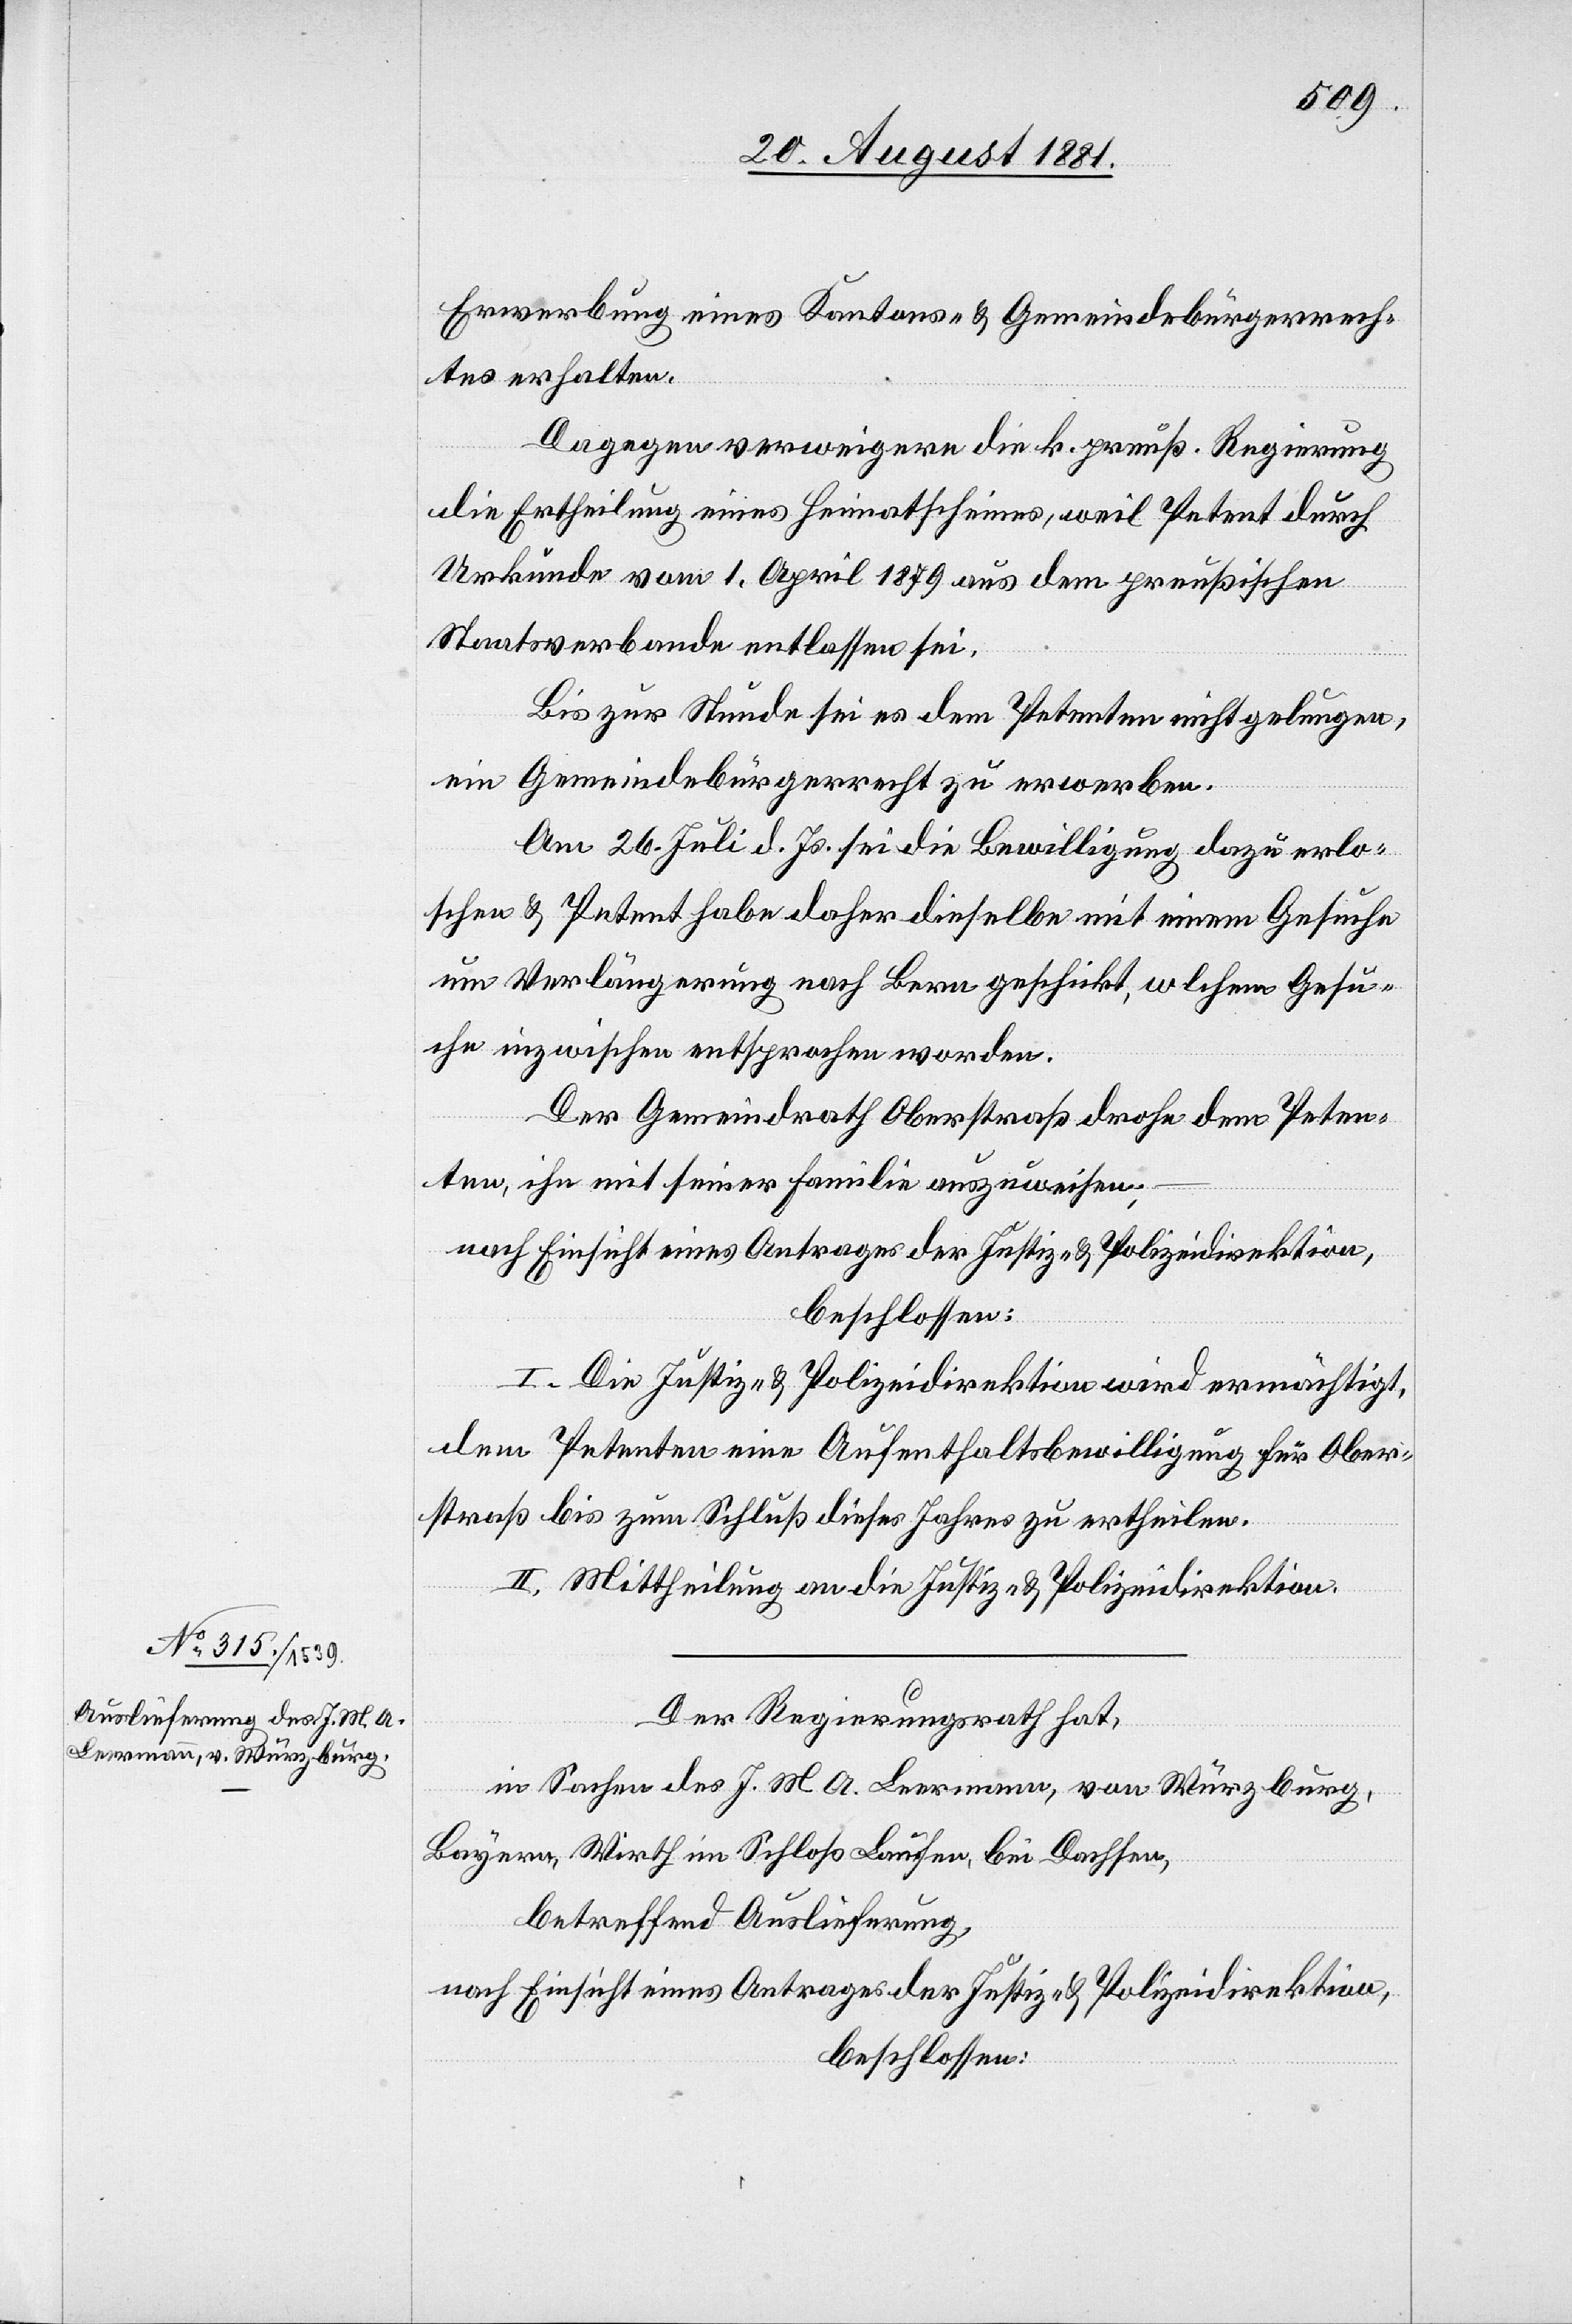
Erwerbung eines Kantons- & Gemeindebürgerrech¬
tes erhalten.
Dagegen verweigere die k. preuß. Regierung
die Ertheilung eines Heimatscheines, weil Petent durch
Urkunde vom 1. April 1879 aus dem preußischen
Staatsverbande entlassen sei.
Bis zur Stunde sei es dem Petenten nicht gelungen,
ein Gemeindebürgerrecht zu erwerben.
Am 26. Juli d. Js. sei die Bewilligung .dazu erlo¬
schen & Petent habe daher dieselbe mit einem Gesuche
um Verlängerung nach Bern geschickt, welchem Gesu¬
che inzwischen entsprochen worden
Der Gemeindrath Oberstraß drohe dem Peten¬
ten, ihn mit seiner Familie auszuweisen;
nach Einsicht eines Antrages der Justiz- & Polizeidirektion,
beschlossen:
I. Die Justiz- & Polizeidirektion wird ermächtigt,
dem Petenten eine Aufenthaltsbewilligung für Ober¬
straß bis zum Schluß dieses Jahres zu ertheilen.
II. Mittheilung an die Justiz- & Polizeidirektion.
Der Regierungsrath hat,
in Sachen des J. M. A. Leermann von Würzburg,
Bayern, Wirth im Schloß Laufen, bei Dachsen,
betreffend Auslieferung,
nach Einsicht eines Antrages der Justiz- & Polizeidirektion,
beschlossen: